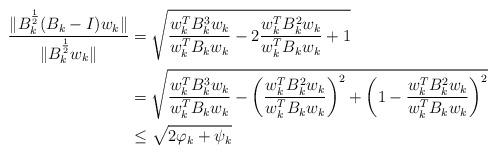
LaTeX: \begin{align*}\frac{ \| B_k^\frac{1}{2} (B_k - I) w_k \|}{ \|B_k^\frac{1}{2}w_k\|} &= \sqrt{ \frac{ w_k^TB_k^3w_k}{w_k^TB_kw_k} - 2\frac{w_k^TB_k^2w_k}{w_k^TB_kw_k} + 1} \\&= \sqrt{ \frac{ w_k^TB_k^3w_k}{w_k^TB_kw_k} - \left( \frac{w_k^TB_k^2w_k}{w_k^TB_kw_k} \right)^2 + \left( 1 - \frac{w_k^TB_k^2w_k}{w_k^TB_kw_k} \right)^2 } \\&\leq \sqrt{2\varphi_k + \psi_k}\end{align*}